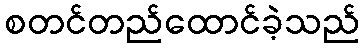
စတင်တည်ထောင်ခဲ့သည်